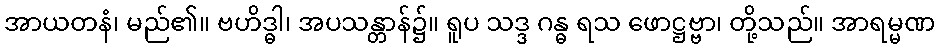
အာယတနံ၊ မည်၏။ ဗဟိဒ္ဓါ၊ အပသန္တာန်၌။ ရူပ သဒ္ဒ ဂန္ဓ ရသ ဖောဋ္ဌဗ္ဗာ၊ တို့သည်။ အာရမ္မဏ